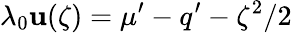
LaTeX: \lambda_{0}\mathbf{u}(\zeta)=\mu^{\prime}-q^{\prime}-\zeta^{2}/2